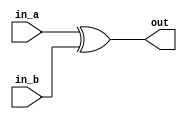
module xor_2 (
    input in_a,
    input in_b,
    output out);
    assign out = in_a^in_b;

endmodule

module xnor_2 (
    input in_a,
    input in_b,
    output out);

    assign out = ~(in_a^in_b);
endmodule

module top_module (
    input in1,
    input in2,
    input in3,
    output out);
    wire nor12;
    xnor_2 M1 (in1,in2,nor12);
    xor_2 M2 (nor12,in3,out);
endmodule